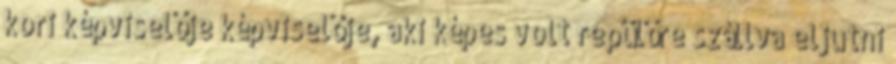
kori képviselője képviselője, aki képes volt repülőre szállva eljutni